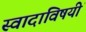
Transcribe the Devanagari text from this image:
स्वादाविषयीं